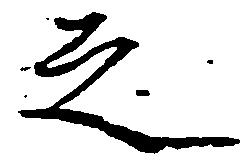
之